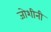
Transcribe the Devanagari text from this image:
जोशीनी